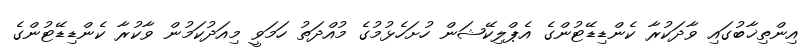
އިންތިޚާބުގައި ވާދަކުރާ ކެންޑިޑޭޓުންގެ އެޕްލިކޭޝަން ހުށަހެޅުމުގެ މުއްދަތު ހަމަވީ މިއަދުކަމުން ވާކުރާ ކެންޑިޑޭޓުންގެ